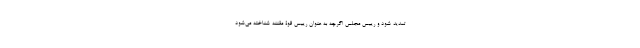
تمدید شود و رییس مجلس اگرچه به عنوان رییس قوۀ مقننه شناخته می‌شود